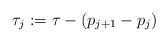
LaTeX: \begin{align*}\tau_{j}:=\tau-\left(p_{j+1}-p_{j}\right)\end{align*}